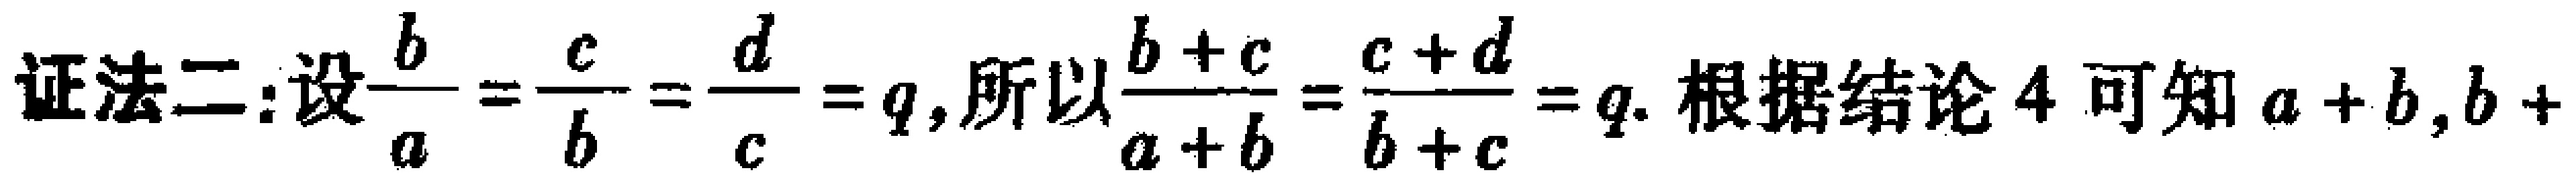
证法二:设$\frac{b}{a}=\frac{c}{b}=\frac{d}{c}=q$,所以$\frac{b + c}{a + b}=\frac{c + d}{b + c}=q$. 根据结论 4 可知$a + b,b +$